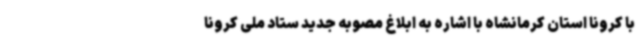
با کرونا استان کرمانشاه با اشاره به ابلاغ مصوبه جدید ستاد ملی کرونا